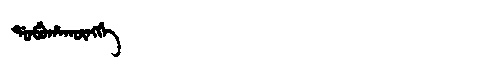
Manchu: ᡩᠣᠪᡠᡥᠠᡴᡡᠩᡤᡝ
Romanization: DOBUHAKŪNGGE